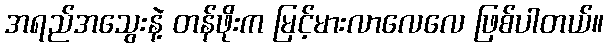
အရည်အသွေးနဲ့ တန်ဖိုးက မြင့်မားလာလေလေ ဖြစ်ပါတယ်။